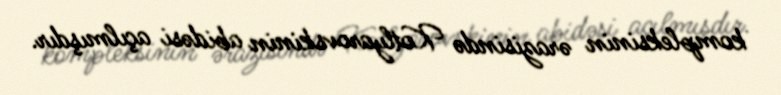
kompleksinin ərazisində Kotlyarovskinin abidəsi açılmışdır.